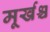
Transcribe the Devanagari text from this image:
मूर्खश्च